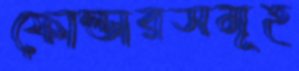
ফোল্ডারসমূহ